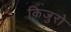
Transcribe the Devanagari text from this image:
किजुरो